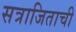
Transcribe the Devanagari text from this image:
सत्राजिताची